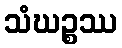
သံဃဉ္စဿ